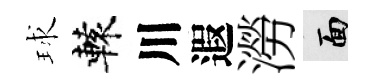
球轅川遐澇面